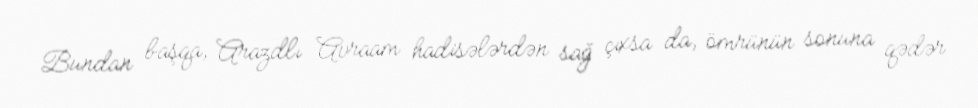
Bundan başqa, Arazdlı Avraam hadisələrdən sağ çıxsa da, ömrünün sonuna qədər